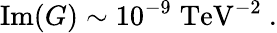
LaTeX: \mathrm{Im}(G)\sim 10^{-9}\; \mathrm{TeV}^{-2}\ .